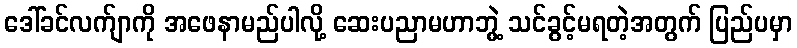
ဒေါ်ခင်လက်ျာကို အဖေနာမည်ပါလို့ ဆေးပညာမဟာဘွဲ့ သင်ခွင့်မရတဲ့အတွက် ပြည်ပမှာ